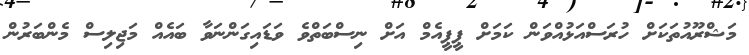
މަޝްރޫއުތަކަށް ހުރަސްއަޅުއްވަން ކަމަށް ޕީޕީއެމް އަށް ނިސްބަތްވެ ވަޑައިގަންނަވާ ބައެއް މަޖިލިސް މެންބަރުން